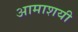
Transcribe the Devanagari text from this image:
आमाशयी